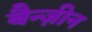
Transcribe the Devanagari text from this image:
बैन्ज़ीन